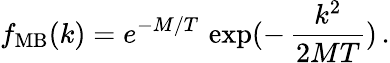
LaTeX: f_{\mathrm{MB}}(k)=e^{-M/T}\, \exp(-\, \frac{k^{2}}{2MT})\, .